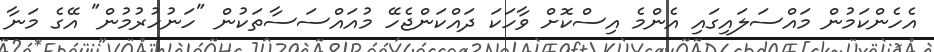
އެހެންކަމުން މައްސަލައިގައި އެންމެ އިސްކޮށް ވާހަަކަ ދައްކަންޖެހޭ މުއައްސަސާތަކުން "ހަނުހުރުމުން" އޭގެ މަނާ